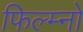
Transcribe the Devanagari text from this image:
फिल्म्नो